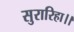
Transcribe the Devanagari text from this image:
सुरारिहा।।